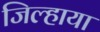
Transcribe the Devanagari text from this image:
जिल्हाया